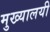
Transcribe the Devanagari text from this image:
मुख्यालयी